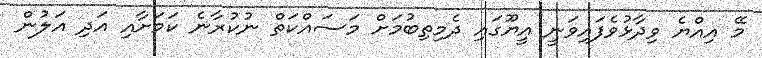
މޭ އިއްޔެ ވިދާޅުވެފައިވަނީ އީޔޫގައި ދެމިތިބުމަށް މަސައްކަތް ނުކުރާނެ ކަމަށާއި އަދި އަލުން